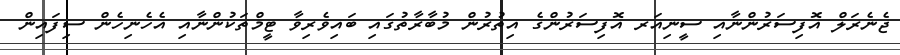
ޖެނެރަލް އޮފިސަރުންނާއި ސީނިއަރ އޮފިސަރުންގެ އިތުރުން މުބާރާތުގައި ބައިވެރިވާ ޓީމްތަކުންނާއި އެހެނިހެން ސިފައިން